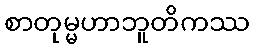
စာတုမ္မဟာဘူတိကဿ